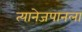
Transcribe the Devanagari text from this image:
त्यानेजपानला